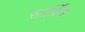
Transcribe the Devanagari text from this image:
सार्विन